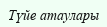
Түйе атаулары